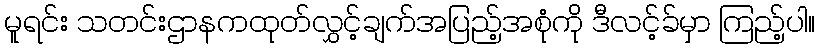
မူရင်း သတင်းဌာနကထုတ်လွှင့်ချက်အပြည့်အစုံကို ဒီလင့်ခ်မှာ ကြည့်ပါ။